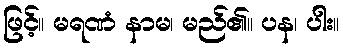
ဖြင့်။ မရဏံ နာမ၊ မည်၏။ ပန၊ ပါး။